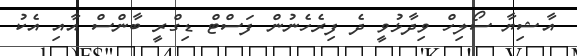
އާޝިޔާ ސޯލިހް ވިދާޅުވީ ދެ ފިރެހެނުން ފަސްޓް ޑިގްރީ ބާންސް އާއި އެކު